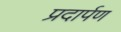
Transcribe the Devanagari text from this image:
प्रदार्पण